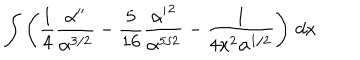
\int \left( { \frac { 1 } { 4 } } { \frac { \alpha ^ { \prime \prime } } { \alpha ^ { 3 / 2 } } } - { \frac { 5 } { 1 6 } } { \frac { { \alpha ^ { \prime } } ^ { 2 } } { \alpha ^ { 5 / 2 } } } - { \frac { 1 } { 4 x ^ { 2 } \alpha ^ { 1 / 2 } } } \right) \, d x